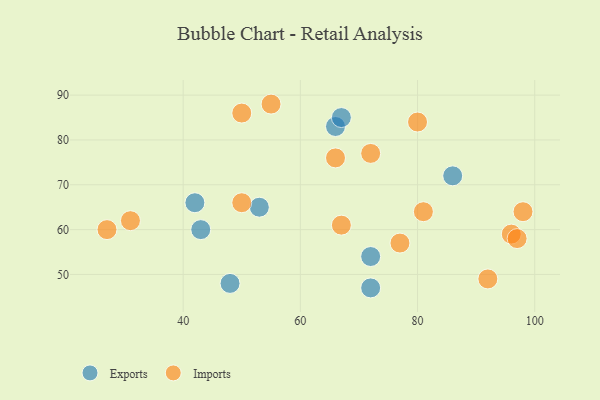
{"axis": {"x": "GDP", "y": "Life Expectancy"}, "legend": ["Exports", "Imports"], "data": [{"x": "86", "y": 72, "type": "Exports"}, {"x": "72", "y": 54, "type": "Exports"}, {"x": "53", "y": 65, "type": "Exports"}, {"x": "48", "y": 48, "type": "Exports"}, {"x": "72", "y": 47, "type": "Exports"}, {"x": "66", "y": 83, "type": "Exports"}, {"x": "67", "y": 85, "type": "Exports"}, {"x": "42", "y": 66, "type": "Exports"}, {"x": "43", "y": 60, "type": "Exports"}, {"x": "96", "y": 59, "type": "Imports"}, {"x": "81", "y": 64, "type": "Imports"}, {"x": "97", "y": 58, "type": "Imports"}, {"x": "98", "y": 64, "type": "Imports"}, {"x": "80", "y": 84, "type": "Imports"}, {"x": "50", "y": 66, "type": "Imports"}, {"x": "72", "y": 77, "type": "Imports"}, {"x": "92", "y": 49, "type": "Imports"}, {"x": "77", "y": 57, "type": "Imports"}, {"x": "66", "y": 76, "type": "Imports"}, {"x": "27", "y": 60, "type": "Imports"}, {"x": "50", "y": 86, "type": "Imports"}, {"x": "67", "y": 61, "type": "Imports"}, {"x": "31", "y": 62, "type": "Imports"}, {"x": "55", "y": 88, "type": "Imports"}]}